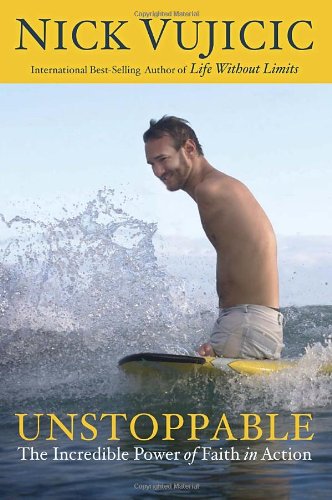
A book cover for Unstoppable: The Incredible Power of Faith in Action; Nick Vujicic; Christian Books & Bibles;